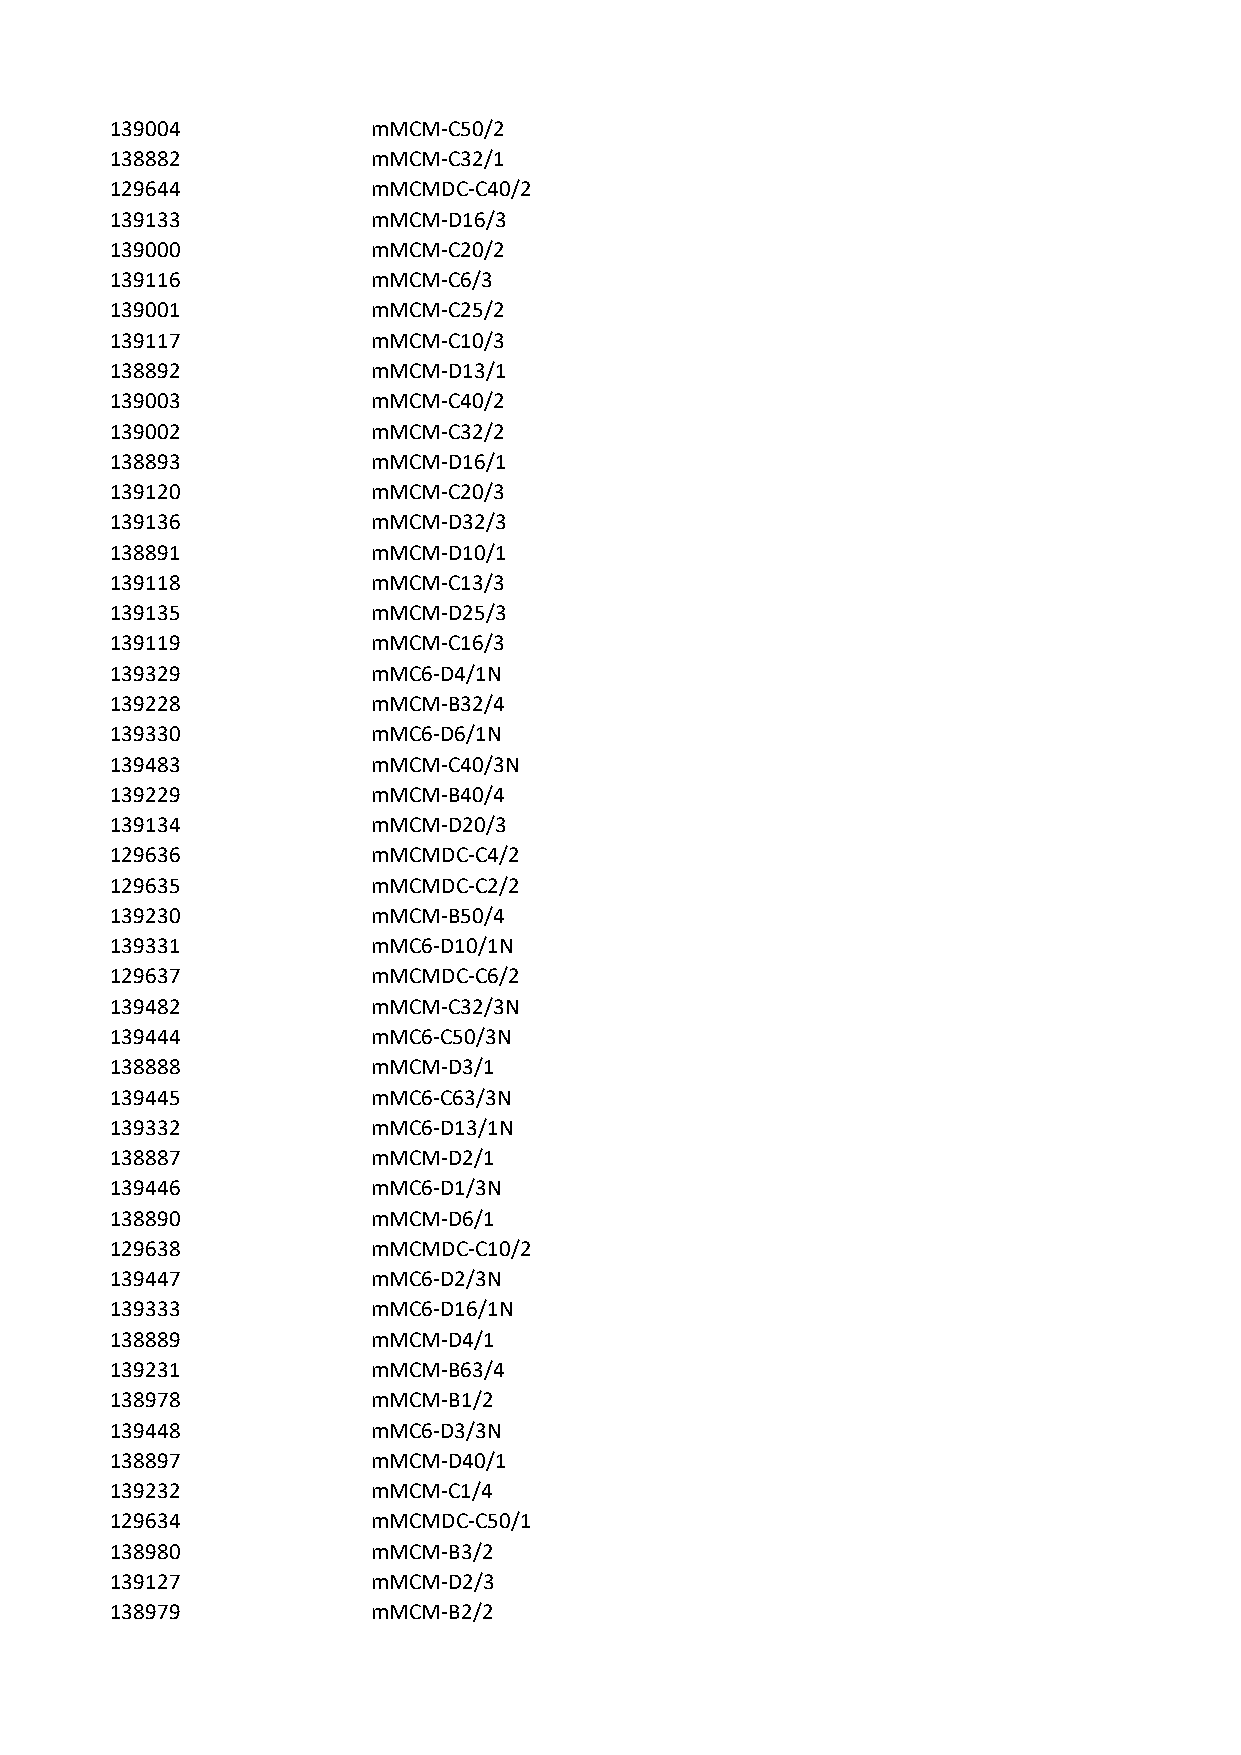
139004            mMCM-C50/2
 138882            mMCM-C32/1
 129644            mMCMDC-C40/2
 139133            mMCM-D16/3
 139000            mMCM-C20/2
 139116            mMCM-C6/3
 139001            mMCM-C25/2
 139117            mMCM-C10/3
 138892            mMCM-D13/1
 139003            mMCM-C40/2
 139002            mMCM-C32/2
 138893            mMCM-D16/1
 139120            mMCM-C20/3
 139136            mMCM-D32/3
 138891            mMCM-D10/1
 139118            mMCM-C13/3
 139135            mMCM-D25/3
 139119            mMCM-C16/3
 139329            mMC6-D4/1N
 139228            mMCM-B32/4
 139330            mMC6-D6/1N
 139483            mMCM-C40/3N
 139229            mMCM-B40/4
 139134            mMCM-D20/3
 129636            mMCMDC-C4/2
 129635            mMCMDC-C2/2
 139230            mMCM-B50/4
 139331            mMC6-D10/1N
 129637            mMCMDC-C6/2
 139482            mMCM-C32/3N
 139444            mMC6-C50/3N
 138888            mMCM-D3/1
 139445            mMC6-C63/3N
 139332            mMC6-D13/1N
 138887            mMCM-D2/1
 139446            mMC6-D1/3N
 138890            mMCM-D6/1
 129638            mMCMDC-C10/2
 139447            mMC6-D2/3N
 139333            mMC6-D16/1N
 138889            mMCM-D4/1
 139231            mMCM-B63/4
 138978            mMCM-B1/2
 139448            mMC6-D3/3N
 138897            mMCM-D40/1
 139232            mMCM-C1/4
 129634            mMCMDC-C50/1
 138980            mMCM-B3/2
 139127            mMCM-D2/3
 138979            mMCM-B2/2